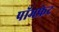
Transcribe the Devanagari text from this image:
पॉमफ्रेट